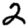
Digit: 2